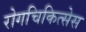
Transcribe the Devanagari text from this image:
रोगचिकित्सेस